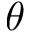
\theta